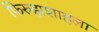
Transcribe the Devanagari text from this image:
फिरुझशाहला